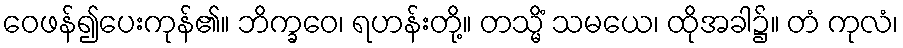
ဝေဖန်၍ပေးကုန်၏။ ဘိက္ခဝေ၊ ရဟန်းတို့။ တသ္မိံ သမယေ၊ ထိုအခါ၌။ တံ ကုလံ၊